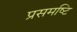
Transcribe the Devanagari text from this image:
प्रसमष्‍टि